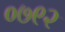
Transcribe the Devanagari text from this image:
०७९२